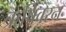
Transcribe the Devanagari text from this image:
ऋषिवरन